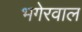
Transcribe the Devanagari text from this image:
भगेरवाल